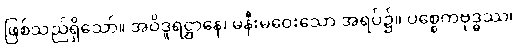
ဖြစ်သည်ရှိသော်။ အဝိဒူရဋ္ဌာနေ၊ မနီးမဝေးသော အရပ်၌။ ပစ္စေကဗုဒ္ဓဿ၊